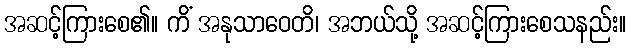
အဆင့်ကြားစေ၏။ ကိံ အနုသာဝေတိ၊ အဘယ်သို့ အဆင့်ကြားစေသနည်း။